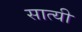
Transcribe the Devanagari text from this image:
सात्यी